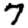
Digit: 7